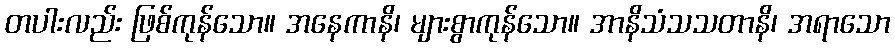
တပါးလည်း ဖြစ်ကုန်သော။ အနေကာနိ၊ များစွာကုန်သော။ အာနိသံသသတာနိ၊ အရာသော